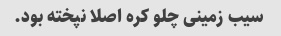
سیب زمینی چلو کره اصلا نپخته بود.